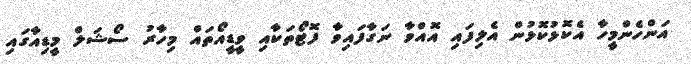
އަންހެންމީހާ އެކޮޅުކޮޅުން އެލިފައި އޮއްވާ ނަގާފައިވާ ފޮޓޯތަކާއި ވީޑީއޯތައް މިހާރު ސޯޝަލް މީޑިއާގައި